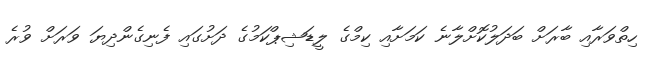
ހިތްވަރާއި ބާރަށް ބަދަލުކޮށްލާނެ ކަމަށާއި ކިމްގެ ލީޑަޝިޕްކަމުގެ ދަށުގައި ފެނިގެންދިޔަ ވަރަށް ވުރެ